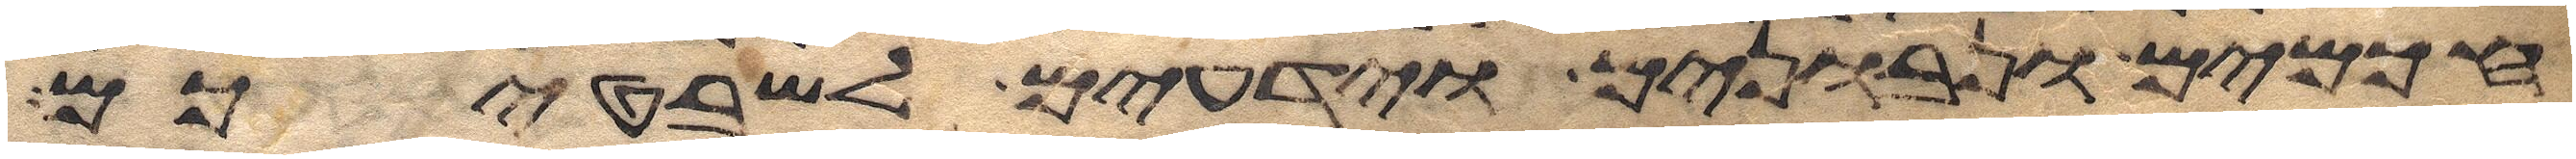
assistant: חכמים ונבונים וידעים לשבטיכם